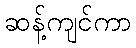
ဆန့်ကျင်ကာ